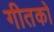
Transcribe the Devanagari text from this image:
गीतको